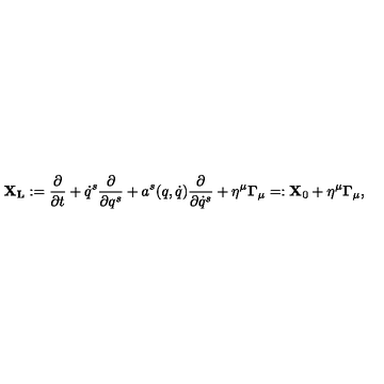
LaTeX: { \bf X _ { L } } : = { \frac { \partial } { \partial t } } + \dot { q } ^ { s } { \frac { \partial } { \partial q ^ { s } } } + a ^ { s } ( q , \dot { q } ) { \frac { \partial } { \partial \dot { q } ^ { s } } } + \eta ^ { \mu } { \bf \Gamma } _ { \mu } = : { \bf X } _ { 0 } + \eta ^ { \mu } { \bf \Gamma } _ { \mu } ,